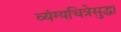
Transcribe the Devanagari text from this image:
व्यंग्यचित्रेसुद्धा